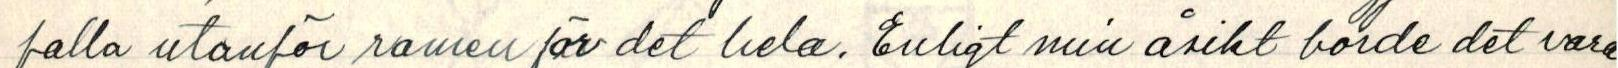
falla utanför ramen för det hela. Enligt min åsikt borde det vara